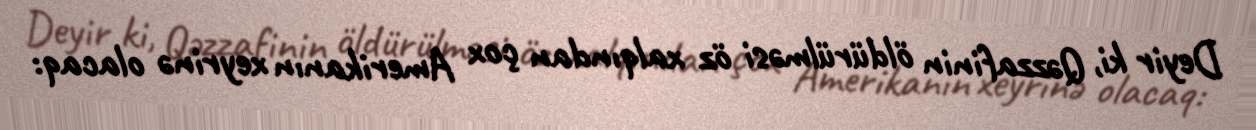
Deyir ki, Qəzzafinin öldürülməsi öz xalqından çox Amerikanın xeyrinə olacaq: